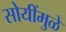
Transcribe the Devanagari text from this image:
सोयींमुळे